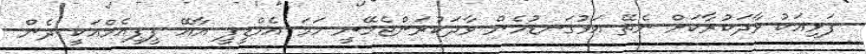
ފަޅިއަކު ވާދަކުރާކަށް ނެތޭ އަޅުގަނޑުމެން ވާދަކުރަންޖެހޭނީ ހަމަ އެމްޑީޕީ އާއޭ ޕީޕީއެމްއަކީ ދެން